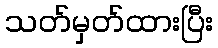
သတ်မှတ်ထားပြီး